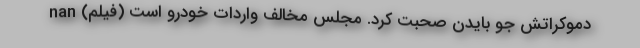
دموکراتش جو بایدن صحبت کرد. مجلس مخالف واردات خودرو است (فیلم) nan